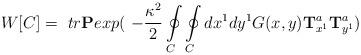
LaTeX: \begin{align*}W[ C ] = \ tr \mbox{\bf P}exp( \ -\frac{\kappa^2}{2} \oint\limits_C\oint\limits_Cdx^1 dy^1 G(x,y) \mbox{\bf T}^a_{x^1} \mbox{\bf T}^a_{y^1})\end{align*}